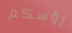
رؤسكم